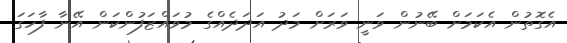
އެގޮތުން އެކަމަށް ބޭނުން ވަނީ ވަރަށް މަދު އަދަދެއްގެ މުވައްޒަފުންކަން އޭނާ ފާހަގަ